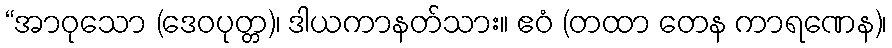
“အာဝုသော (ဒေဝပုတ္တ)၊ ဒါယကာနတ်သား။ ဧဝံ (တထာ တေန ကာရဏေန)၊